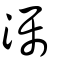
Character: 灟